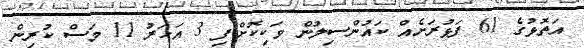
އަތޮޅުގެ 61 ފަޅުރަށެއް ކައުންސިލުން ވަކިކޮށްފި 3 އަހަރު 11 މަސް ކުރިން